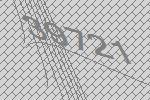
39721